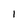
Character: 1